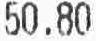
50.80